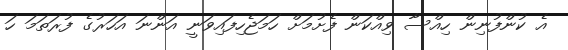
އެ ކުންފުނިން ހިިއްސާ ވިއްކަން ފެށުމަށް ހަމަޖެހިފައިވަނީ އަންނަ އަހަރުގެ ފުރަތަމަ ހަ